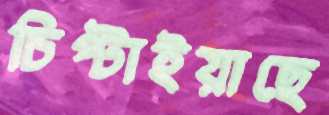
চিপ্‌টাইয়াছে